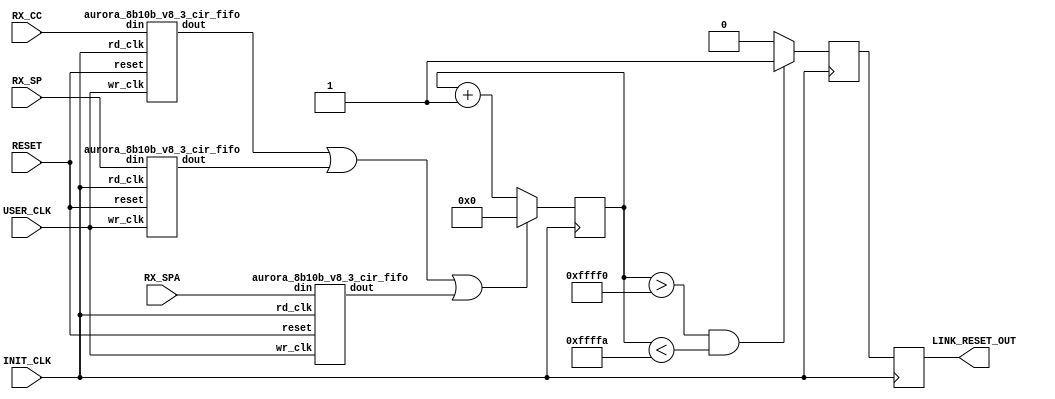
///////////////////////////////////////////////////////////////////////////////
// (c) Copyright 2011 Xilinx, Inc. All rights reserved.
//
// This file contains confidential and proprietary information
// of Xilinx, Inc. and is protected under U.S. and
// international copyright and other intellectual property
// laws.
//
// DISCLAIMER
// This disclaimer is not a license and does not grant any
// rights to the materials distributed herewith. Except as
// otherwise provided in a valid license issued to you by
// Xilinx, and to the maximum extent permitted by applicable
// law: (1) THESE MATERIALS ARE MADE AVAILABLE "AS IS" AND
// WITH ALL FAULTS, AND XILINX HEREBY DISCLAIMS ALL WARRANTIES
// AND CONDITIONS, EXPRESS, IMPLIED, OR STATUTORY, INCLUDING
// BUT NOT LIMITED TO WARRANTIES OF MERCHANTABILITY, NON-
// INFRINGEMENT, OR FITNESS FOR ANY PARTICULAR PURPOSE; and
// (2) Xilinx shall not be liable (whether in contract or tort,
// including negligence, or under any other theory of
// liability) for any loss or damage of any kind or nature
// related to, arising under or in connection with these
// materials, including for any direct, or any indirect,
// special, incidental, or consequential loss or damage
// (including loss of data, profits, goodwill, or any type of
// loss or damage suffered as a result of any action brought
// by a third party) even if such damage or loss was
// reasonably foreseeable or Xilinx had been advised of the
// possibility of the same.
//
// CRITICAL APPLICATIONS
// Xilinx products are not designed or intended to be fail-
// safe, or for use in any application requiring fail-safe
// performance, such as life-support or safety devices or
// systems, Class III medical devices, nuclear facilities,
// applications related to the deployment of airbags, or any
// other applications that could lead to death, personal
// injury, or severe property or environmental damage
// (individually and collectively, "Critical
// Applications"). Customer assumes the sole risk and
// liability of any use of Xilinx products in Critical
// Applications, subject only to applicable laws and
// regulations governing limitations on product liability.
//
// THIS COPYRIGHT NOTICE AND DISCLAIMER MUST BE RETAINED AS
// PART OF THIS FILE AT ALL TIMES.
//
//
////////////////////////////////////////////////////////////////////////////////
`timescale 1ns / 1ps
(* core_generation_info = "aurora_8b10b_v8_3,aurora_8b10b_v8_3,{user_interface=AXI_4_Streaming,backchannel_mode=Sidebands,c_aurora_lanes=1,c_column_used=left,c_gt_clock_1=GTXQ1,c_gt_clock_2=None,c_gt_loc_1=X,c_gt_loc_10=X,c_gt_loc_11=X,c_gt_loc_12=X,c_gt_loc_13=X,c_gt_loc_14=X,c_gt_loc_15=X,c_gt_loc_16=X,c_gt_loc_17=X,c_gt_loc_18=X,c_gt_loc_19=X,c_gt_loc_2=X,c_gt_loc_20=X,c_gt_loc_21=X,c_gt_loc_22=X,c_gt_loc_23=X,c_gt_loc_24=X,c_gt_loc_25=X,c_gt_loc_26=X,c_gt_loc_27=X,c_gt_loc_28=X,c_gt_loc_29=X,c_gt_loc_3=X,c_gt_loc_30=X,c_gt_loc_31=X,c_gt_loc_32=X,c_gt_loc_33=X,c_gt_loc_34=X,c_gt_loc_35=X,c_gt_loc_36=X,c_gt_loc_37=X,c_gt_loc_38=X,c_gt_loc_39=X,c_gt_loc_4=X,c_gt_loc_40=X,c_gt_loc_41=X,c_gt_loc_42=X,c_gt_loc_43=X,c_gt_loc_44=X,c_gt_loc_45=X,c_gt_loc_46=X,c_gt_loc_47=X,c_gt_loc_48=X,c_gt_loc_5=X,c_gt_loc_6=X,c_gt_loc_7=X,c_gt_loc_8=1,c_gt_loc_9=X,c_lane_width=2,c_line_rate=62500,c_nfc=false,c_nfc_mode=IMM,c_refclk_frequency=125000,c_simplex=false,c_simplex_mode=TX,c_stream=false,c_ufc=false,flow_mode=None,interface_mode=Framing,dataflow_config=Duplex}" *)

//***************************** Entity Declaration ****************************

module aurora_8b10b_v8_3_hotplug #
(
   parameter ENABLE_HOTPLUG  =  1
)
(
    // Sym Dec Interface
    input           RX_CC,
    input           RX_SP,
    input           RX_SPA,

    // GT Wrapper Interface
    output          LINK_RESET_OUT,

    // System Interface
    input           INIT_CLK,
    input           USER_CLK,
    input           RESET
);

`define DLY #1

       
//***************************** Reg Declarations *****************************

 reg                link_reset_0;
 reg                link_reset_r;
 reg    [19:0]      count_for_reset_r;

 wire               rx_cc_comb_i;
 wire               rx_sp_comb_i;
 wire               rx_spa_comb_i;

//********************************* Main Body of Code**************************
                      
    initial
	    count_for_reset_r = 20'd0;

   // Clock domain crossing from USER_CLK to INIT_CLK
    aurora_8b10b_v8_3_cir_fifo rx_cc_cir_fifo_i
    (
      .reset      (RESET),
      .wr_clk     (USER_CLK),
      .din        (RX_CC),
      .rd_clk     (INIT_CLK),
      .dout       (rx_cc_comb_i)
    );	   

    aurora_8b10b_v8_3_cir_fifo rx_sp_cir_fifo_i
    (
      .reset      (RESET),
      .wr_clk     (USER_CLK),
      .din        (RX_SP),
      .rd_clk     (INIT_CLK),
      .dout       (rx_sp_comb_i)
    );	   

    aurora_8b10b_v8_3_cir_fifo rx_spa_cir_fifo_i
    (
      .reset      (RESET),
      .wr_clk     (USER_CLK),
      .din        (RX_SPA),
      .rd_clk     (INIT_CLK),
      .dout       (rx_spa_comb_i)
    );	   

    // Reset link if CC is not detected after 5000 clk cycles
    // Wait for sufficient number of times to allow the link recovery and CC consumption
    // This circuit for auto-recovery of the link during hot-plug scenario
    // Incoming control characters are decoded to detmine CC reception
    // RX_CC, RX_SP, RX_SPA are used as the reset for the count_for_reset_r, which would reset
    // the link after the defined time.
    // link_reset_0 is used to reset the GT & Aurora core

    always @(posedge INIT_CLK)
    begin
       if(rx_cc_comb_i || rx_sp_comb_i || rx_spa_comb_i)
	    count_for_reset_r <= `DLY 20'h0;
       else
            count_for_reset_r <= `DLY count_for_reset_r + 1'b1;
    end  

      // Wait for sufficient time : 2^20 = 1048576
      always @(posedge INIT_CLK)
      begin
        link_reset_0 <= `DLY ( (count_for_reset_r > 20'd1048560) & (count_for_reset_r < 20'd1048570) ) ? 1'b1 : 1'b0;
      end

      always @(posedge INIT_CLK)
      begin
        link_reset_r <= `DLY link_reset_0 ;
      end

generate
  if(ENABLE_HOTPLUG == 1)
    begin
      assign LINK_RESET_OUT = link_reset_r;
    end
  else
    begin
      assign LINK_RESET_OUT = 1'b0;
    end
endgenerate
endmodule

// Circular FIFO for clock domain crossing
module aurora_8b10b_v8_3_cir_fifo (

input wire reset,
input wire wr_clk,
input wire din,
input wire rd_clk,
output reg dout
);

reg [7:0] mem;
reg [2:0] wr_ptr;
reg [2:0] rd_ptr;

always @ ( posedge wr_clk  or posedge reset )
begin
   if ( reset )
   begin
      mem    <= `DLY 8'b0;
      wr_ptr <= `DLY 3'b0;
   end
   else
   begin
      mem[wr_ptr] <= `DLY din;
      wr_ptr <= `DLY wr_ptr + 1'b1;
   end
end

always @ ( posedge rd_clk or posedge reset )
begin
   if ( reset )
   begin
      rd_ptr <= `DLY 3'b100;
      dout   <= `DLY 1'b0;
   end
   else
   begin
      rd_ptr <= `DLY rd_ptr + 1'b1;
      dout   <= `DLY mem[rd_ptr];
   end
end

endmodule